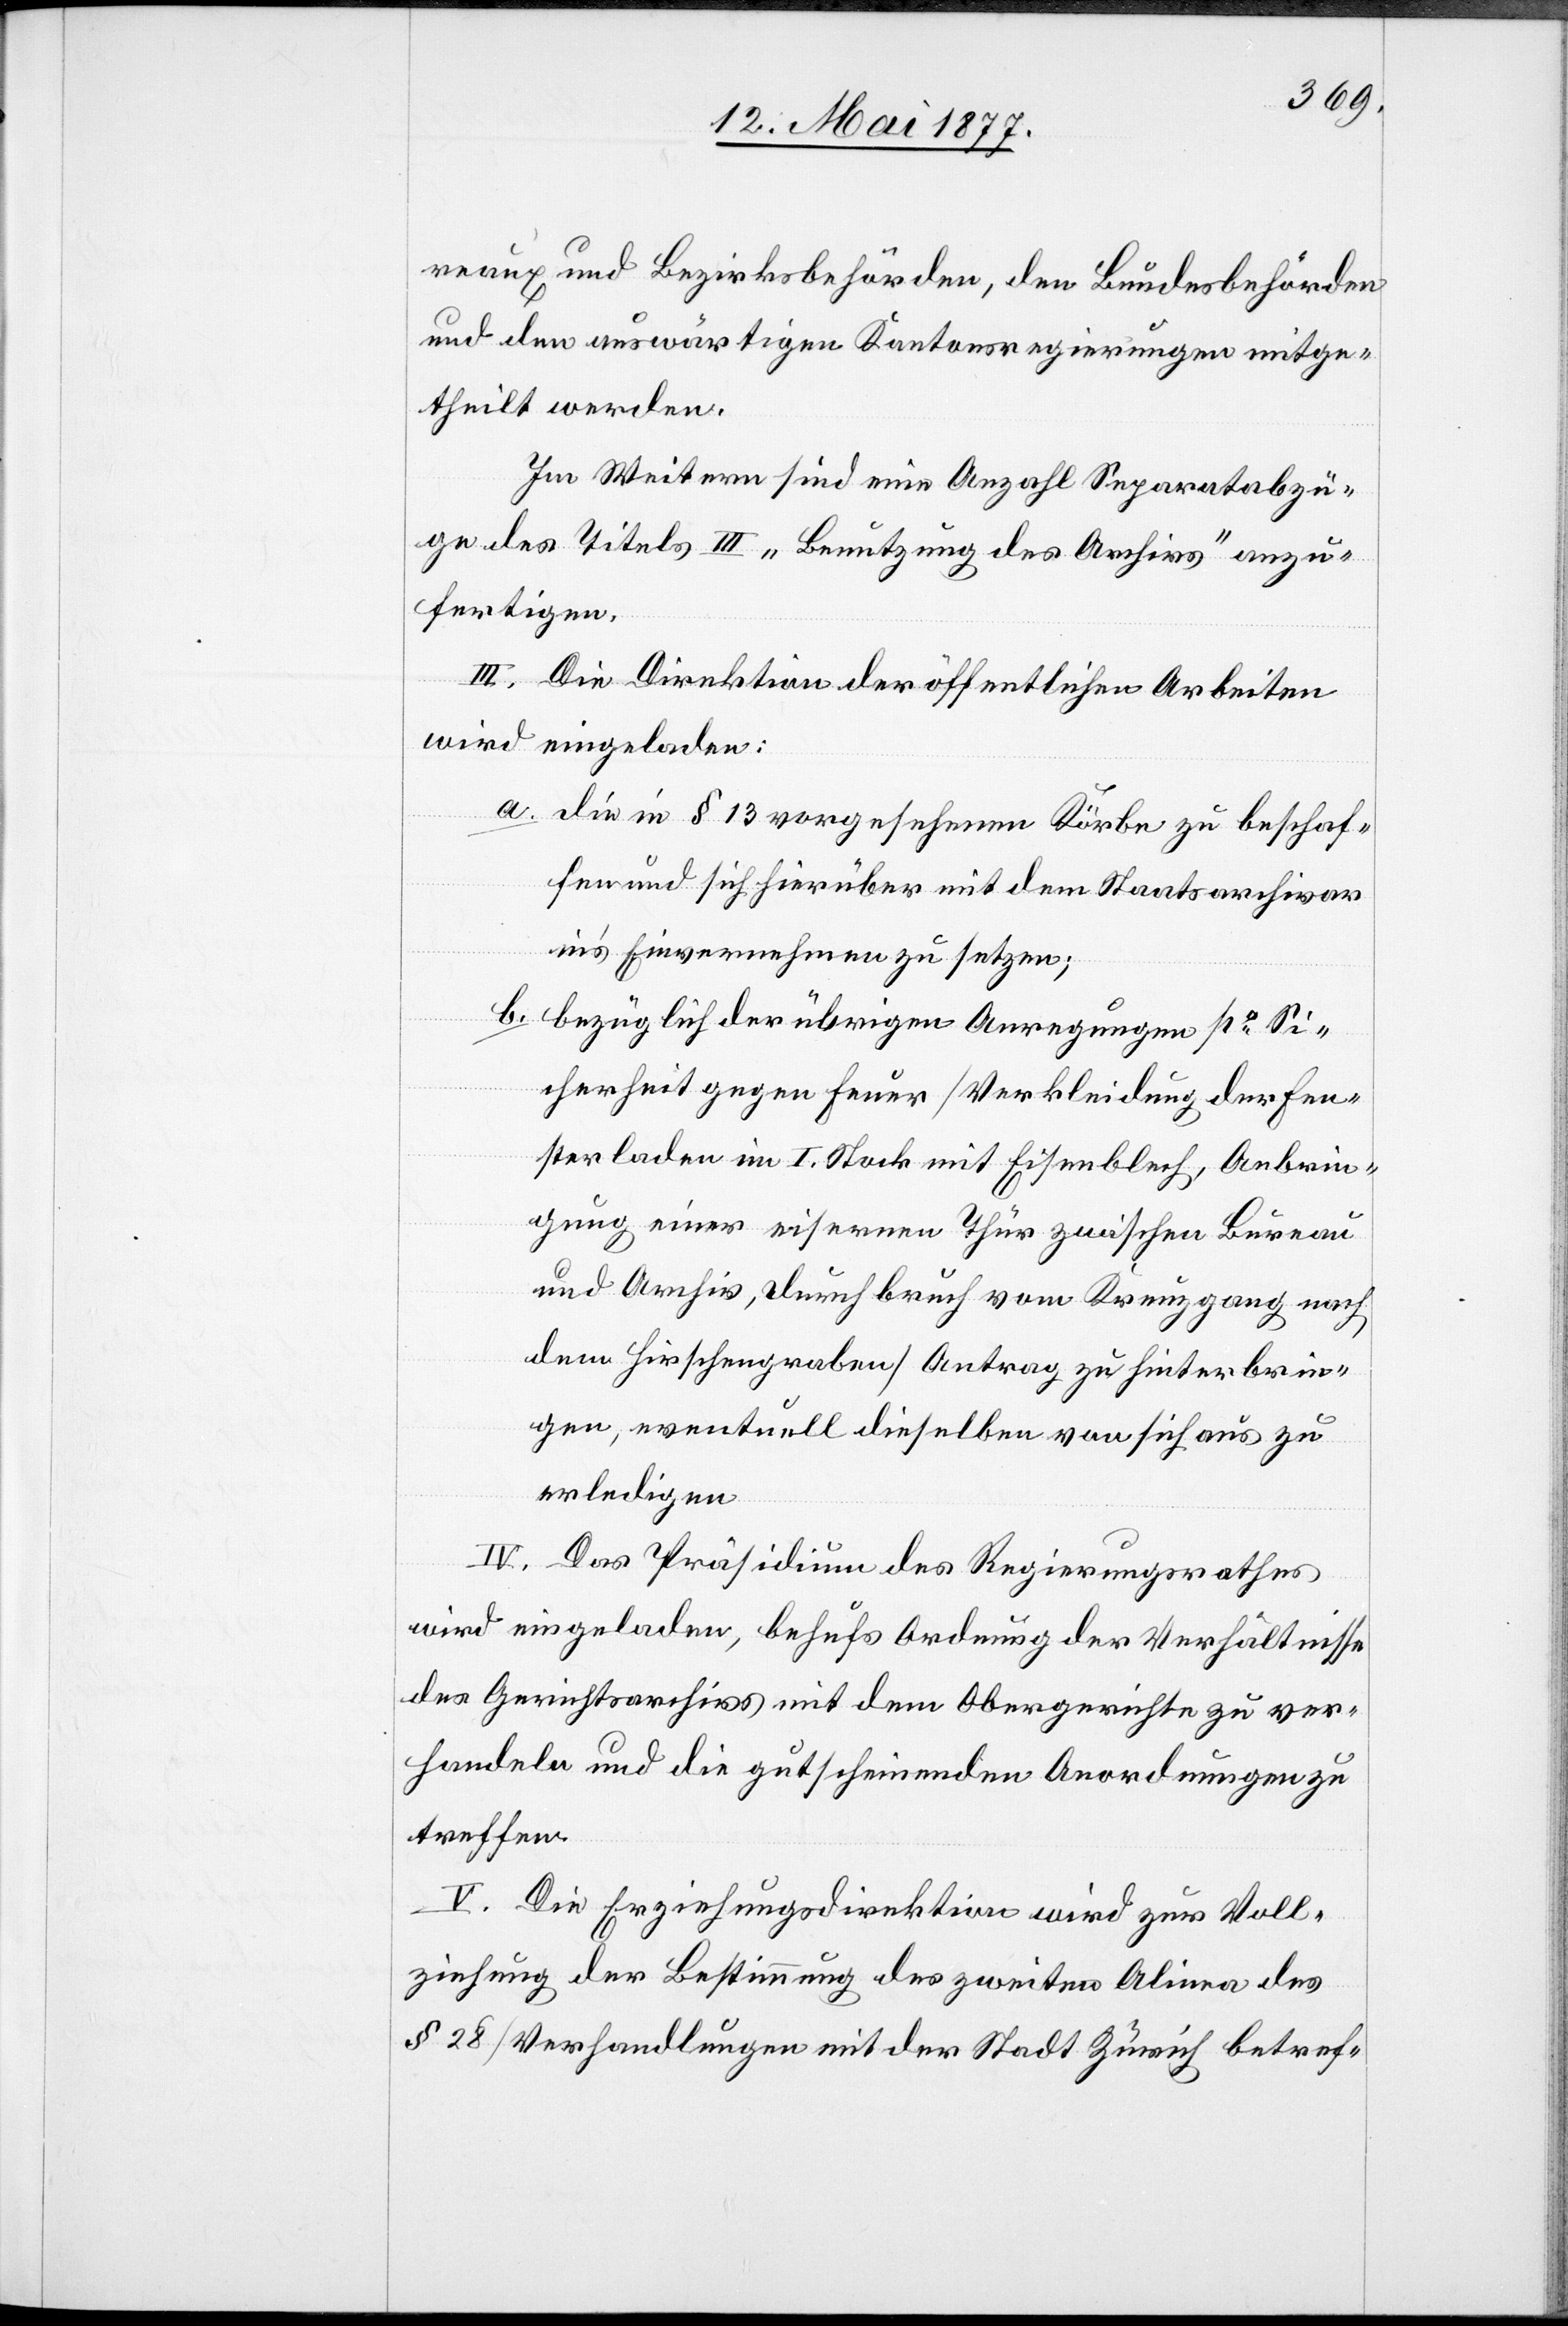
reaux und Bezirksbehörden, den Bundesbehörden
und den auswärtigen Kantonsregierungen mitge¬
theilt werden.
Im Weitern sind eine Anzahl Separatabzü¬
ge des Titels III „Benutzung des Archivs“ anzu¬
fertigen.
III. Die Direktion der öffentlichen Arbeiten
wird eingeladen:
a. die in § 13 vorgesehenen Körbe zu beschaf¬
fen und sich hierüber mit dem Staatsarchivar
in’s Einvernehmen zu setzen;
b. bezüglich der übrigen Anregungen po Si¬
cherheit gegen Feuer [Verkleidung der Fen¬
sterladen im I. Stock mit Eisenblech, Anbrin¬
gung einer eisernen Thür zwischen Bureau
und Archiv, Durchbruch vom Kreuzgang nach
dem Hirschengraben] Antrag zu hinterbrin¬
gen, eventuell dieselben von sich aus zu
erledigen[.]
IV. Das Präsidium des Regierungsrathes
wird eingeladen, behufs Ordnung der Verhältnisse
des Gerichtsarchivs mit dem Obergerichte zu ver¬
handeln und die gutscheinenden Anordnungen zu
treffen.
V. Die Erziehungsdirektion wird zur Voll¬
ziehung der Bestimmung des zweiten Alinea des
§ 28 [Verhandlungen mit der Stadt Zürich betref-